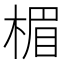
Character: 楣